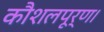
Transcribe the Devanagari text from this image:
कौशलपूर्ण।